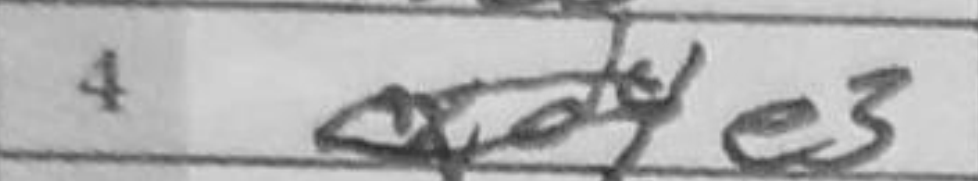
Transcription: e3